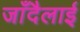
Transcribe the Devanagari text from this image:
जाँदैलाई